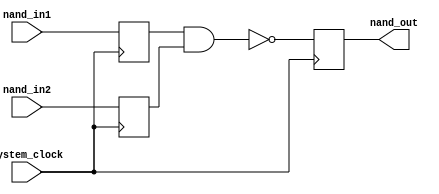
module timing_control_and_sync_nand_gate_delay (
    input wire nand_in1,
    input wire nand_in2,
    output reg nand_out,
    input wire system_clock
);
 
reg delayed_input1;
reg delayed_input2;
 
always @(posedge system_clock) begin
    delayed_input1 <= nand_in1;
    delayed_input2 <= nand_in2;
end
 
always @(posedge system_clock) begin
    nand_out <= ~(delayed_input1 & delayed_input2);
end
 
endmodule